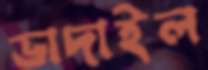
ভাদাইল